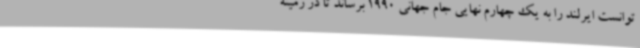
توانست ایرلند را به یک چهارم نهایی جام جهانی 1990 برساند تا در زمینه